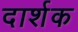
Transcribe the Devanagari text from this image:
दार्शक